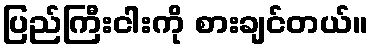
ပြည်ကြီးငါးကို စားချင်တယ်။